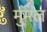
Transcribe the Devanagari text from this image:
मुमल